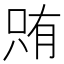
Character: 𫪫